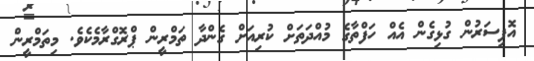
އޮފިސަރުން ގުޅިގެން އެއް ހަފްތާގެ މުއްދަތަށް ކުރިއަށް ގެންދާ ތަމްރީން ޕްރޮގްރާމެކެވެ. މިތަމްރީން